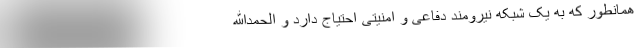
همانطور که به یک شبکه نیرومند دفاعی و امنیتی احتیاج دارد و الحمدالله